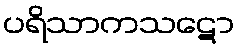
ပရိသာကသဋော